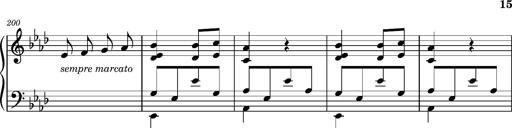
Title: Magyar rapszÃ³diÃ¡k
Composer: Franz Liszt